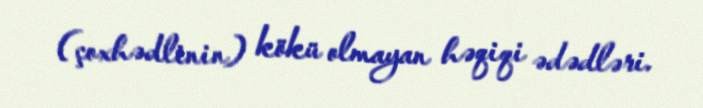
(çoxhədlinin) kökü olmayan həqiqi ədədləri.